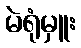
မဲရုံမှူး